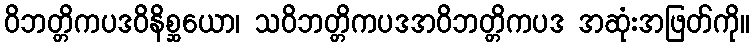
ဝိဘတ္တိကပဒဝိနိစ္ဆယော၊ သဝိဘတ္တိကပဒအဝိဘတ္တိကပဒ အဆုံးအဖြတ်ကို။